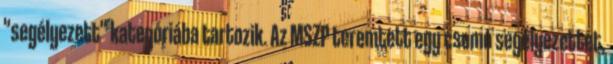
"segélyezett" kategóriába tartozik. Az MSZP teremtett egy csomó segélyezettet,